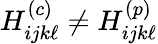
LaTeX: H_{ijk\ell}^{(c)}\neq H_{ijk\ell}^{(p)}